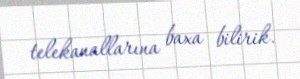
telekanallarına baxa bilirik.